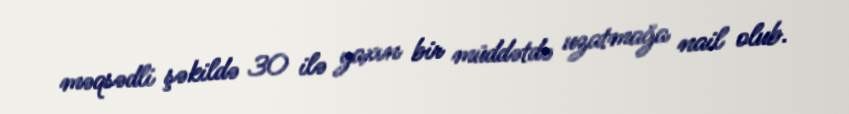
məqsədli şəkildə 30 ilə yaxın bir müddətdə uzatmağa nail olub.